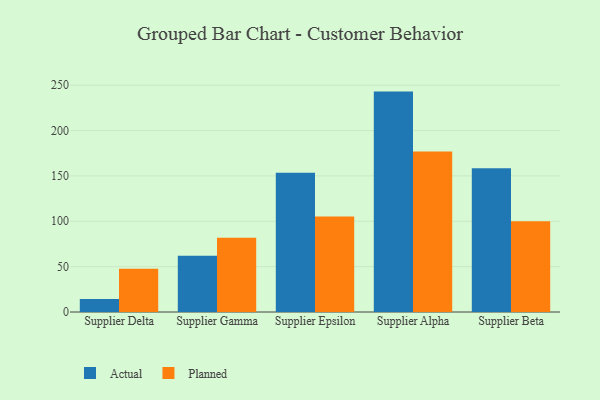
{"axis": {"x": "Supplier", "y": "Satisfaction Score"}, "legend": ["Actual", "Planned"], "data": [{"x": "Supplier Delta", "y": 14.3, "type": "Actual"}, {"x": "Supplier Delta", "y": 47.8, "type": "Planned"}, {"x": "Supplier Gamma", "y": 61.9, "type": "Actual"}, {"x": "Supplier Gamma", "y": 81.9, "type": "Planned"}, {"x": "Supplier Epsilon", "y": 153.6, "type": "Actual"}, {"x": "Supplier Epsilon", "y": 105.2, "type": "Planned"}, {"x": "Supplier Alpha", "y": 242.9, "type": "Actual"}, {"x": "Supplier Alpha", "y": 177.0, "type": "Planned"}, {"x": "Supplier Beta", "y": 158.3, "type": "Actual"}, {"x": "Supplier Beta", "y": 100.0, "type": "Planned"}]}